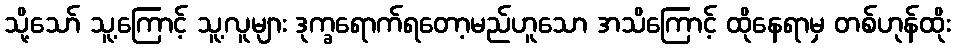
သို့သော် သူ့ကြောင့် သူ့လူများ ဒုက္ခရောက်ရတော့မည်ဟူသော အသိကြောင့် ထိုနေရာမှ တစ်ဟုန်ထိုး